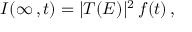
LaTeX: I ( \infty \, , t ) = | T ( E ) | ^ { 2 } \, f ( t ) \, ,